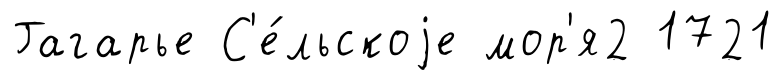
Гагарье С'е́льскоjе мор'я2 1721